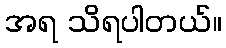
အရ သိရပါတယ်။